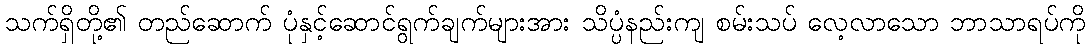
သက်ရှိတို့၏ တည်ဆောက် ပုံနှင့်ဆောင်ရွက်ချက်များအား သိပ္ပံနည်းကျ စမ်းသပ် လေ့လာသော ဘာသာရပ်ကို